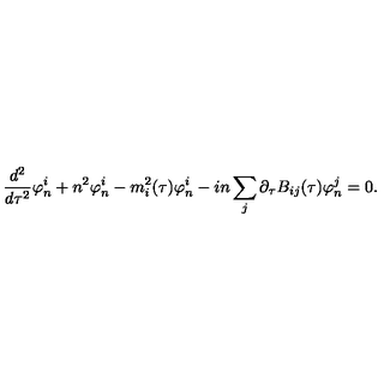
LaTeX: { \frac { d ^ { 2 } } { d \tau ^ { 2 } } } \varphi _ { n } ^ { i } + n ^ { 2 } \varphi _ { n } ^ { i } - m _ { i } ^ { 2 } ( \tau ) \varphi _ { n } ^ { i } - i n \sum _ { j } \partial _ { \tau } B _ { i j } ( \tau ) \varphi _ { n } ^ { j } = 0 .